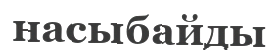
насыбайды